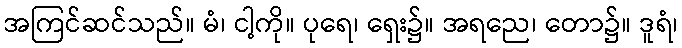
အကြင်ဆင်သည်။ မံ၊ ငါ့ကို။ ပုရေ၊ ရှေး၌။ အရညေ၊ တော၌။ ဒူရံ၊